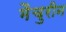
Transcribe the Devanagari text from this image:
मैचुरीन